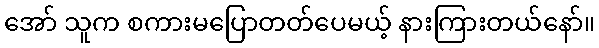
အော် သူက စကားမပြောတတ်ပေမယ့် နားကြားတယ်နော်။